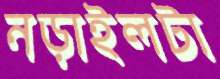
নড়াইলটা